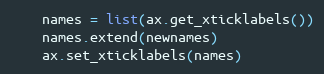
Language: Python
    names = list(ax.get_xticklabels())
    names.extend(newnames)
    ax.set_xticklabels(names)